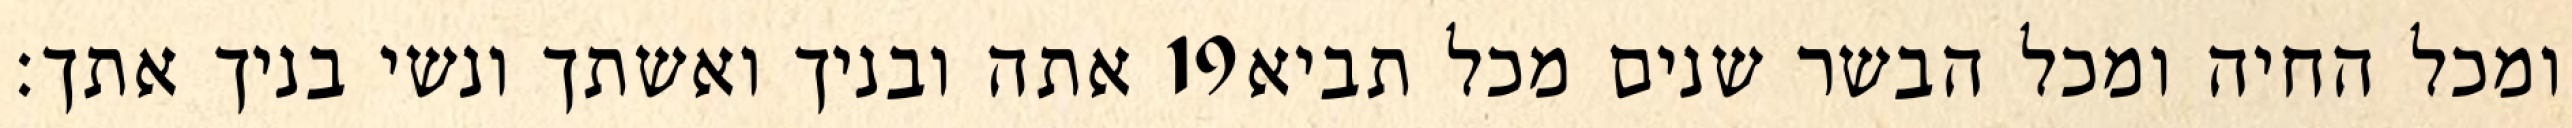
אתה ובניך ואשתך ונשי בניך אתך׃ ‎19‏ ומכל החיה ומכל הבשר שנים מכל תביא